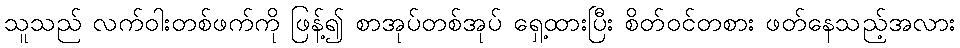
သူသည် လက်ဝါးတစ်ဖက်ကို ဖြန့်၍ စာအုပ်တစ်အုပ် ရှေ့ထားပြီး စိတ်ဝင်တစား ဖတ်နေသည့်အလား